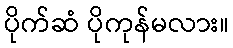
ပိုက်ဆံ ပိုကုန်မလား။